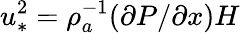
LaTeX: u_{\ast}^{2}=\rho_{a}^{-1}(\partial P/\partial x)H